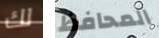
لك المحافظ